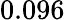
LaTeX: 0.096